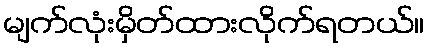
မျက်လုံးမှိတ်ထားလိုက်ရတယ်။